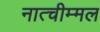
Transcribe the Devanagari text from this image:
नात्चीम्मल